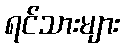
ရင်သားများ